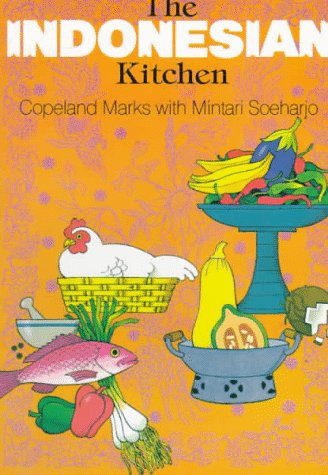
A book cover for The Indonesian Kitchen; Marks Copeland; Cookbooks, Food & Wine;